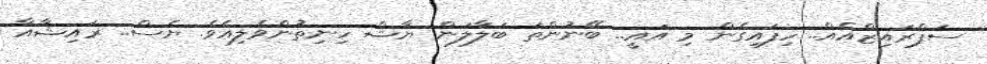
ސަޕްރައިޒްއެއް.. ހިފައިގެން މި އައީ.. ބޭނުންތަ ބަލާލަން ޔާޝް ހިނިތުންވެލިއެވެ. ޔެސް.. ރައިޝާއާ